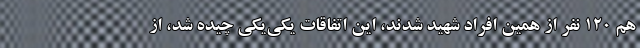
هم 120 نفر از همین افراد شهید شدند، این اتفاقات یکی‌یکی چیده شد، از